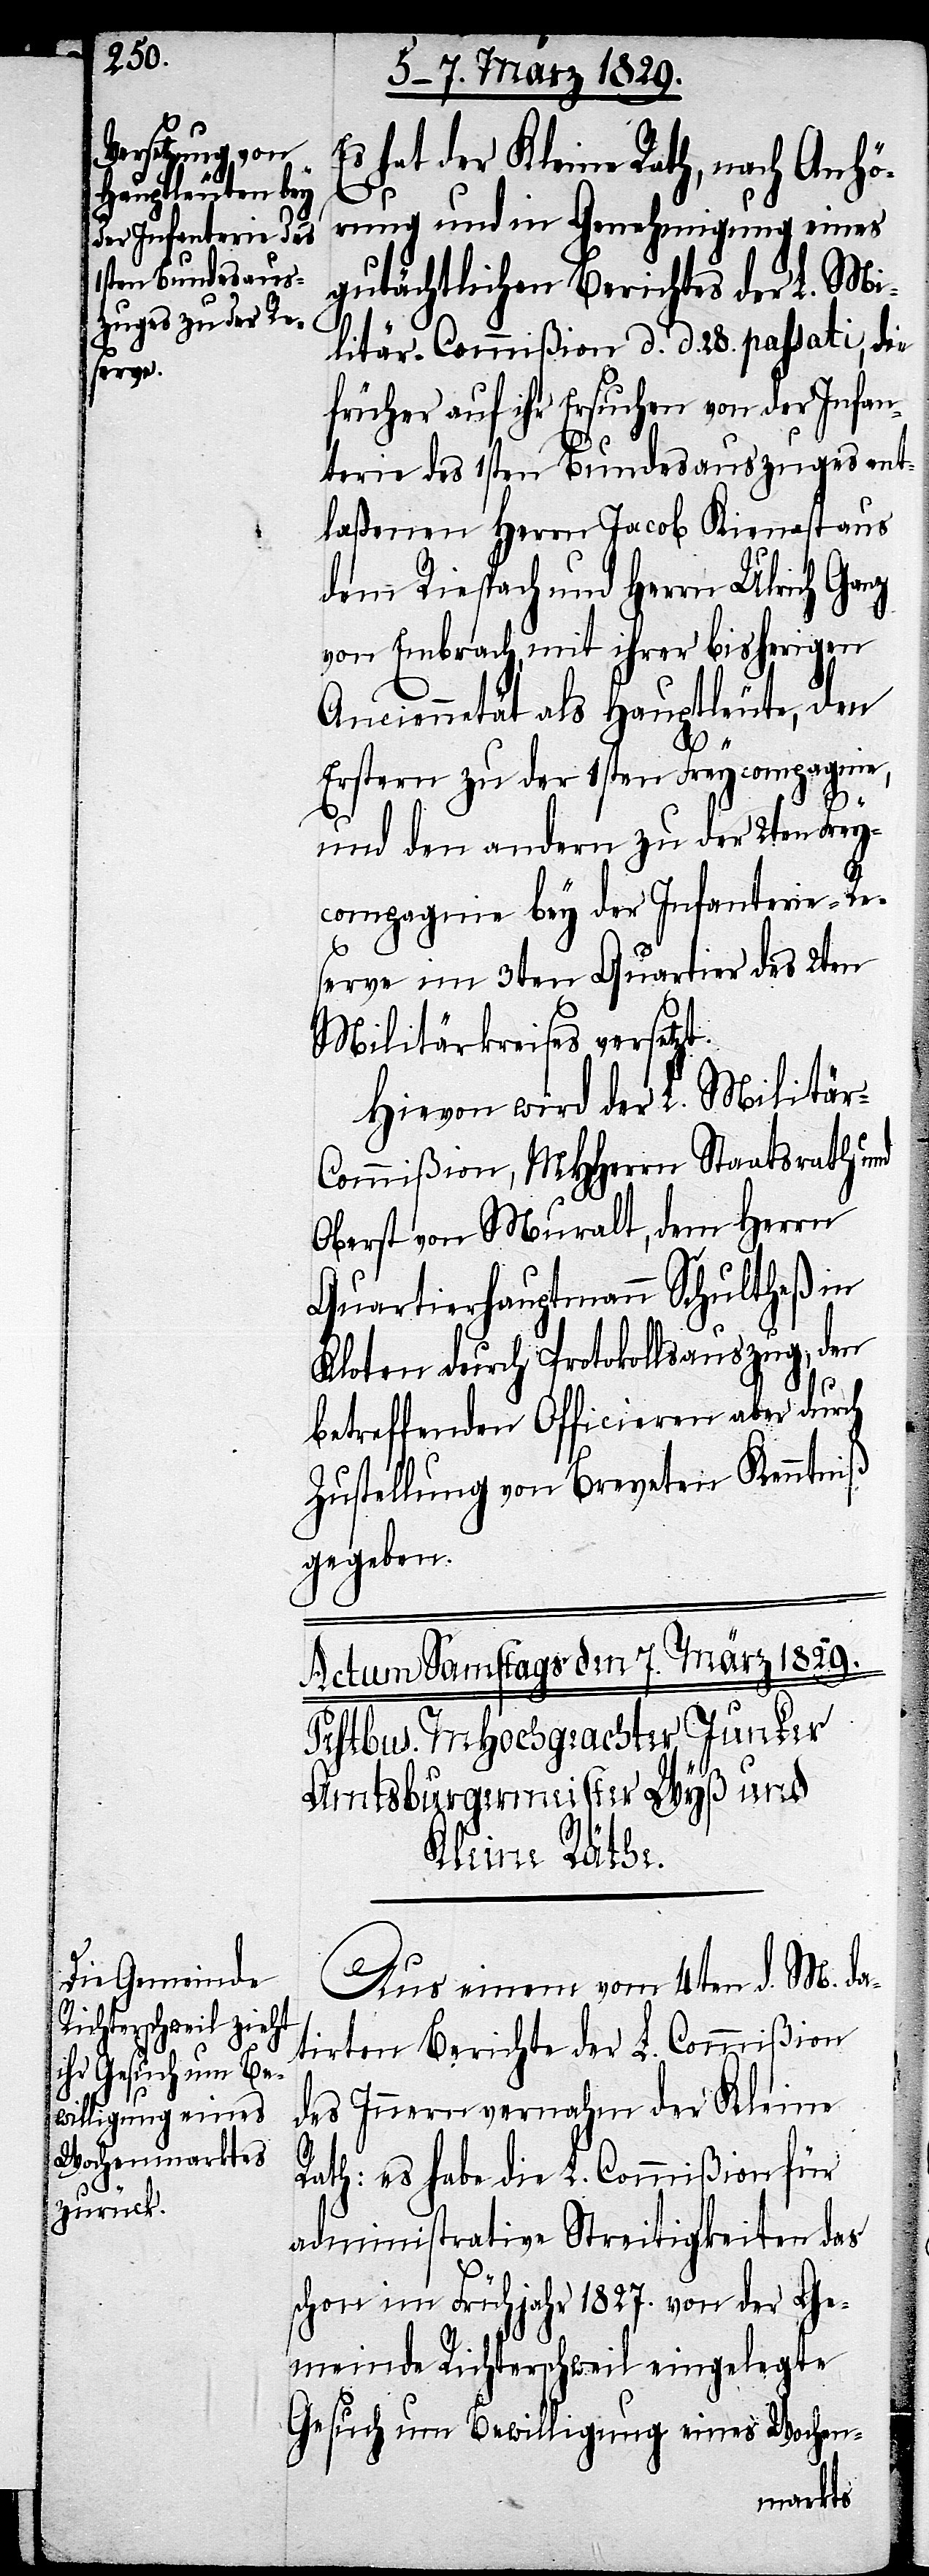
Es hat der Kleine Rath, nach Anhö¬
rung und in Genehmigung eines
gutächtlichen Berichtes der L. Mi¬
litär-Commißion d. d. 28. passati, die
früher auf ihr Ersuchen von der Infan¬
terie des 1sten Bundesauszuges ent¬
laßenen Herrn Jacob Kienast aus
dem Riespach und Herrn Ulrich Ganz
von Embrach, mit ihrer bisherigen
Anciennetät als Hauptleute, den
Erstern zu der 1sten Freycompagnie,
und den andern zu der 2ten Frey¬
compagnie bey der Infanterie-Re¬
serve im 3ten Quartier des 2ten
Militärkreises versetzt.
Hievon wird der L. Militä¬
r-Commißion, MHHerrn Staatsrath und
Oberst von Muralt, dem Herrn
Quartierhauptmann Schultheß in
Kloten durch Protokollsauszug, den
betreffenden Officieren aber durch
Zustellung von Breveten Kenntniß
gegeben.
Aus einem vom 4ten d. M. da¬
tirten Berichte der L. Commißion
des Innern vernahm der Kleine
Rath: es habe die L. Commißion für
administrative Streitigkeiten das
schon im Frühjahr 1827. von der Ge¬
meinde Richterschweil eingelegte
Gesuch um Bewilligung eines Wochen-